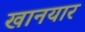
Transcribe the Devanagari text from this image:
खानयार